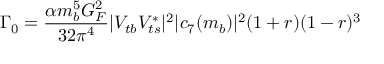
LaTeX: \Gamma _ { 0 } = \frac { \alpha m _ { b } ^ { 5 } G _ { F } ^ { 2 } } { 3 2 \pi ^ { 4 } } | V _ { t b } V _ { t s } ^ { * } | ^ { 2 } | c _ { 7 } ( m _ { b } ) | ^ { 2 } ( 1 + r ) ( 1 - r ) ^ { 3 }